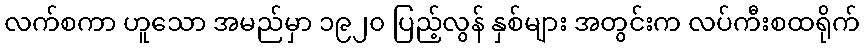
လက်စကာ ဟူသော အမည်မှာ ၁၉၂၀ ပြည့်လွန် နှစ်များ အတွင်းက လပ်ကီးစထရိုက်